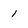
Character: 1